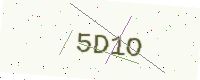
Text: 5D1O